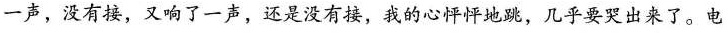
一声，没有接，又响了一声，还是没有接，我的心怦怦地跳，几乎要哭出来了。电